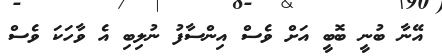
އޭނާ ބުނީ ބޮބީ އަށް ވެސް އިންސާފު ނުލިބި އެ ވާހަކަ ވެސް